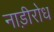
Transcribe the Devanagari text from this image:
नाड़ीरोध